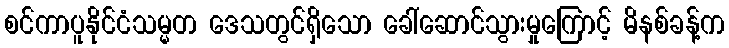
စင်ကာပူနိုင်ငံသမ္မတ ဒေသတွင်ရှိသော ခေါ်ဆောင်သွားမှုကြောင့် မိနစ်ခန့်က